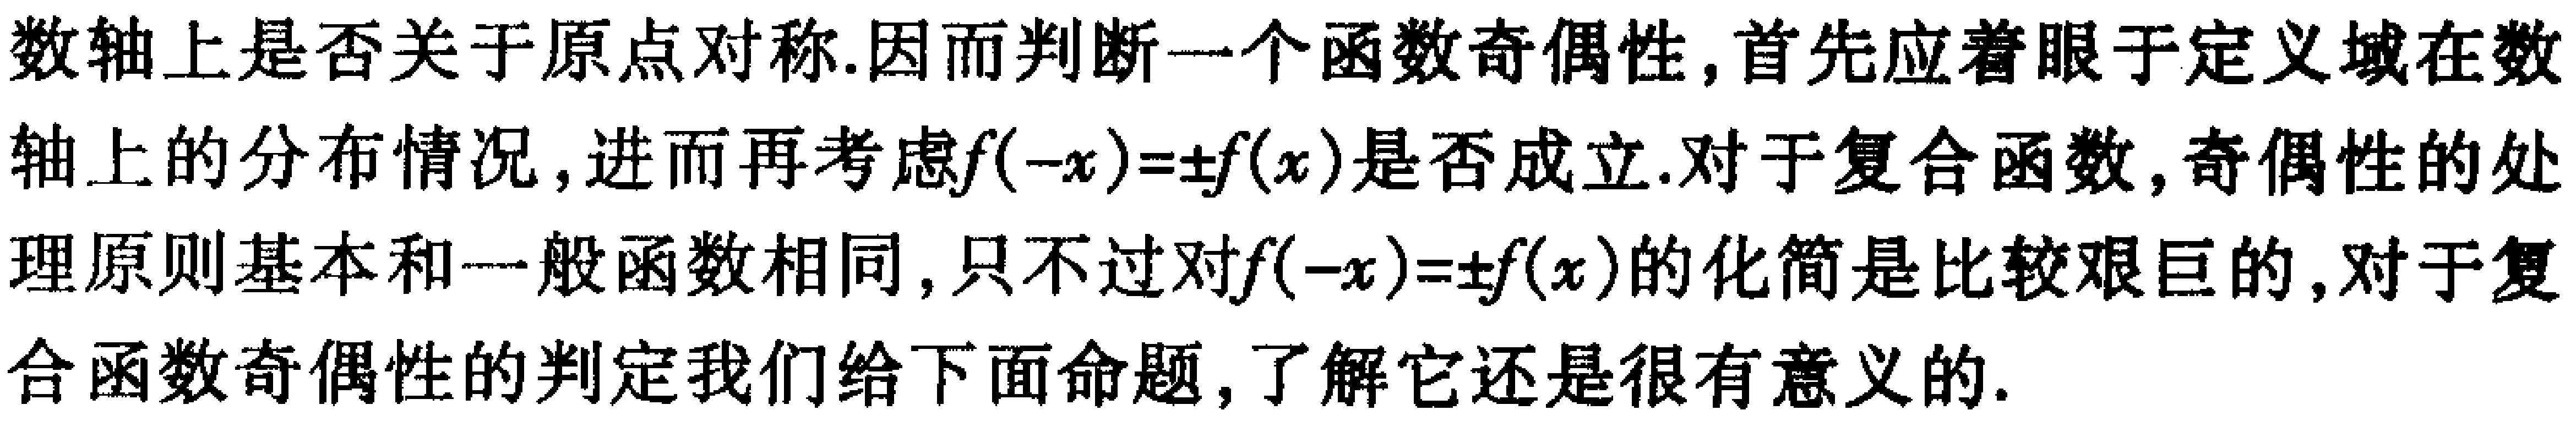
数轴上是否关于原点对称.因而判断一个函数奇偶性,首先应着眼于定义域在数轴上的分布情况,进而再考虑\(f(-x)=\pm f(x)\)是否成立.对于复合函数,奇偶性的处理原则基本和一般函数相同,只不过对\(f(-x)=\pm f(x)\)的化简是比较艰巨的,对于复合函数奇偶性的判定我们给下面命题,了解它还是很有意义的.